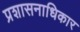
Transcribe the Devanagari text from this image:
प्रशासनाधिकार